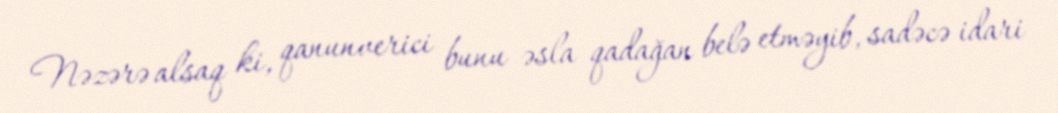
Nəzərə alsaq ki, qanunverici bunu əsla qadağan belə etməyib, sadəcə idari